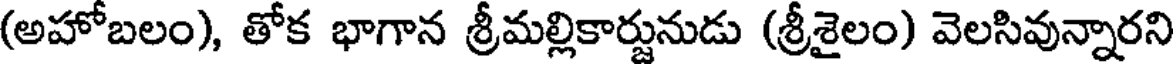
(అహోబలం), తోక భాగాన శ్రీమల్లికార్జునుడు (శ్రీశైలం) వెలసివున్నారని